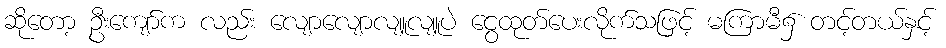
ဆိုတော့ ဦးကျော်က လည်း လျောလျောလျူလျူပဲ ငွေထုတ်ပေးလိုက်သဖြင့် မကြာမီ၌ တင့်တယ်နှင့်